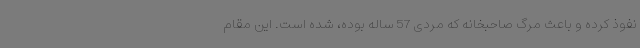
نفوذ کرده و باعث مرگ صاحبخانه که مردی 57 ساله بوده، شده است. این مقام